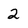
Character: 2